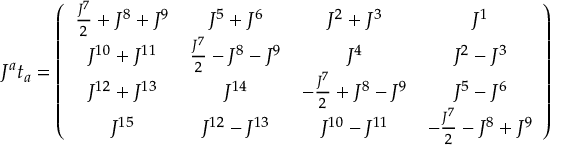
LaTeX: J ^ { a } t _ { a } = \left( \begin{array} { c c c c } { { \frac { J ^ { 7 } } { 2 } + J ^ { 8 } + J ^ { 9 } } } & { { J ^ { 5 } + J ^ { 6 } } } & { { J ^ { 2 } + J ^ { 3 } } } & { { J ^ { 1 } } } \\ { { J ^ { 1 0 } + J ^ { 1 1 } } } & { { \frac { J ^ { 7 } } { 2 } - J ^ { 8 } - J ^ { 9 } } } & { { J ^ { 4 } } } & { { J ^ { 2 } - J ^ { 3 } } } \\ { { J ^ { 1 2 } + J ^ { 1 3 } } } & { { J ^ { 1 4 } } } & { { - \frac { J ^ { 7 } } { 2 } + J ^ { 8 } - J ^ { 9 } } } & { { J ^ { 5 } - J ^ { 6 } } } \\ { { J ^ { 1 5 } } } & { { J ^ { 1 2 } - J ^ { 1 3 } } } & { { J ^ { 1 0 } - J ^ { 1 1 } } } & { { - \frac { J ^ { 7 } } { 2 } - J ^ { 8 } + J ^ { 9 } } } \end{array} \right)